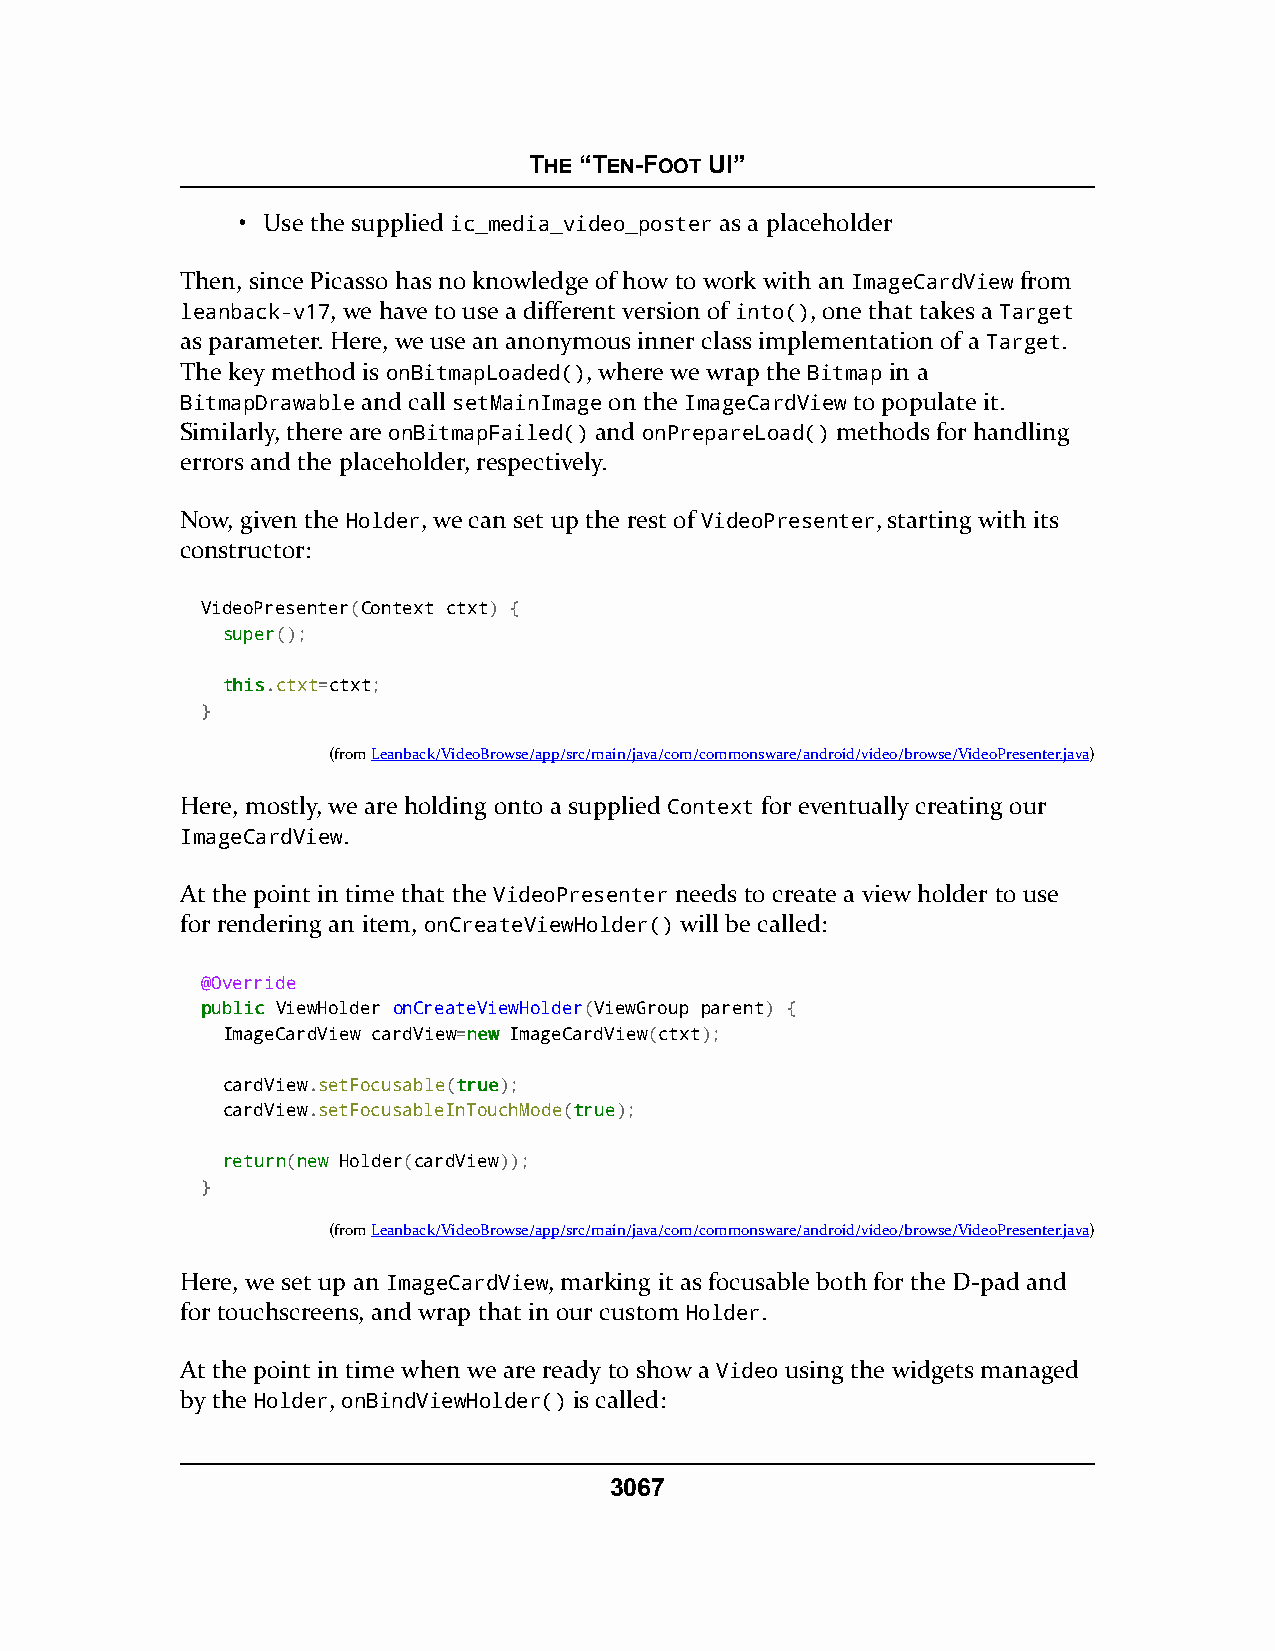
THE “TEN-FOOT UI”
 • Use the supplied ic_media_video_poster as a placeholder
 Then, since Picasso has no knowledge of how to work with an ImageCardView from
 leanback-v17, we have to use a different version of into(), one that takes a Target
 as parameter. Here, we use an anonymous inner class implementation of a Target.
 The key method is onBitmapLoaded(), where we wrap the Bitmap in a
 BitmapDrawable and call setMainImage on the ImageCardView to populate it.
 Similarly, there are onBitmapFailed() and onPrepareLoad() methods for handling
 errors and the placeholder, respectively.
 Now, given the Holder, we can set up the rest of VideoPresenter, starting with its
 constructor:
 VideoPresenter(Context ctxt) {
 ssuuppeerr();
 tthhiiss.ctxt=ctxt;
 }
 (fromLeanback/VideoBrowse/app/src/main/java/com/commonsware/android/video/browse/VideoPresenter.java)
 Here, mostly, we are holding onto a supplied Context for eventually creating our
 ImageCardView.
 At the point in time that the VideoPresenter needs to create a view holder to use
 for rendering an item, onCreateViewHolder() will be called:
 @Override
 ppuubblliicc ViewHolder onCreateViewHolder(ViewGroup parent) {
 ImageCardView cardView=nneeww ImageCardView(ctxt);
 cardView.setFocusable(ttrruuee);
 cardView.setFocusableInTouchMode(ttrruuee);
 rreettuurrnn(nneeww Holder(cardView));
 }
 (fromLeanback/VideoBrowse/app/src/main/java/com/commonsware/android/video/browse/VideoPresenter.java)
 Here, we set up an ImageCardView, marking it as focusable both for the D-pad and
 for touchscreens, and wrap that in our custom Holder.
 At the point in time when we are ready to show a Video using the widgets managed
 by the Holder, onBindViewHolder() is called:
 3067